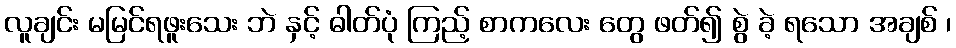
လူချင်း မမြင်ရဖူးသေး ဘဲ နှင့် ဓါတ်ပုံ ကြည့် စာကလေး တွေ ဖတ်၍ စွဲ ခဲ့ ရသော အချစ် ၊